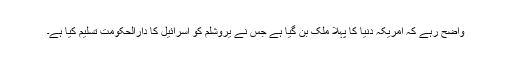
واضح رہے کہ امریکہ دنیا کا پہلا ملک بن گیا ہے جس نے یروشلم کو اسرائیل کا دارالحکومت تسلیم کیا ہے۔